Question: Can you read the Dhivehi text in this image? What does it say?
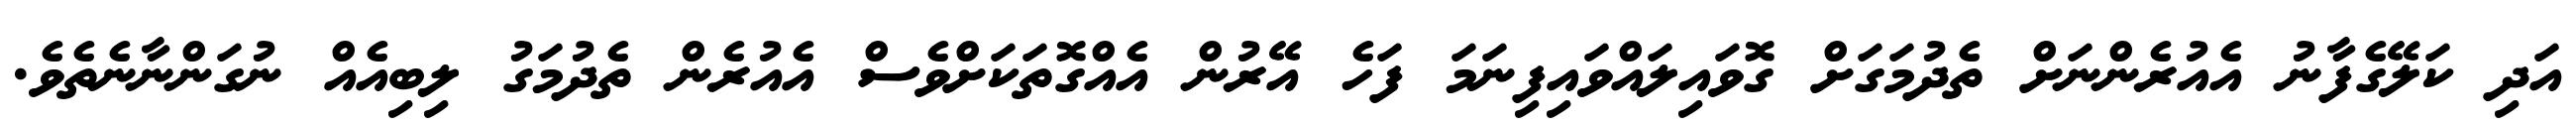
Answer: އަދި ކަލޭގެފާނު އެއުރެންނަށް ތެދުމަގަށް ގޮވައިލައްވައިފިނަމަ ފަހެ އޭރުން އެއްގޮތަކަށްވެސް އެއުރެން ތެދުމަގު ލިބިއެއް ނުގަންނާނެތެވެ.